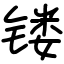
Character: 镂